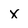
Character: X